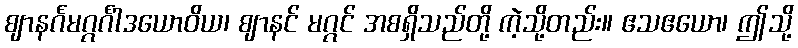
ဈာနင်္ဂမဂ္ဂင်္ဂါဒယောဝိယ၊ ဈာနင် မဂ္ဂင် အစရှိသည်တို့ ကဲ့သို့တည်း။ ဧသဧယော၊ ဤသို့